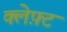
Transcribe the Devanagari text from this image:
क्लेफ़्ट